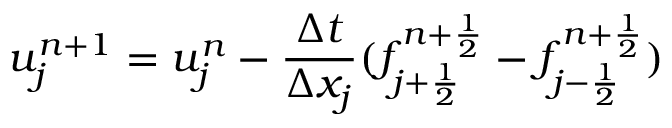
u _ { j } ^ { n + 1 } = u _ { j } ^ { n } - \frac { \Delta t } { \Delta x _ { j } } ( f _ { { j + \frac { 1 } { 2 } } } ^ { { n + \frac { 1 } { 2 } } } - f _ { { j - \frac { 1 } { 2 } } } ^ { { n + \frac { 1 } { 2 } } } )